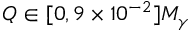
Q \in [ 0 , 9 \times 1 0 ^ { - 2 } ] M _ { \gamma }